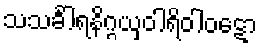
သသင်္ခါရနိဂ္ဂယှဝါရိဝါဝဋော